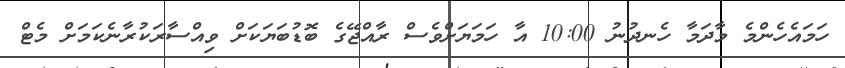
ހަމައެހެންމެ މާދަމާ ހެނދުނު 10:00 އާ ހަމަޔަށްވެސް ރާއްޖޭގެ ބޮޑުބަޔަކަށް ވިއްސާރަކުރާނެކަމަށް މެޓް